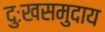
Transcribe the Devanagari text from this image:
दुःखसमुदाय